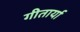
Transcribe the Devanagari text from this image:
गीतार्या